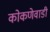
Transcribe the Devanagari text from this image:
कोकणेवाडी